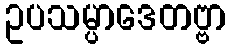
ဥပသမ္ပာဒေတဗ္ဗာ